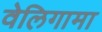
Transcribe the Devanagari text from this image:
वेलिगामा